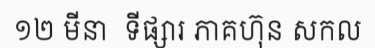
១២ មីនា  ទីផ្សារ ភាគហ៊ុន សកល